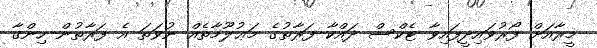
މީރާއަށް ފޯރުވައިދީފައިވާ ޓެކްސް ދައްކާ ފަރާތުގެ މަޢުލޫމާތެއް ނުވަތަ އެ ފަރާތުން ހިންގާ